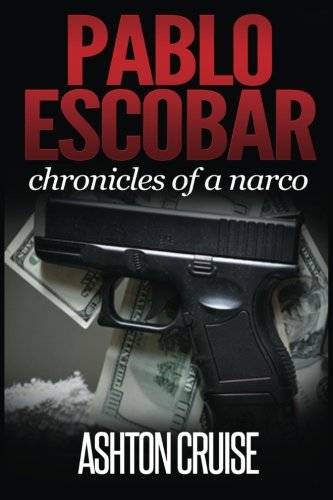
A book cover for Pablo Escobar: Angel or devil, the history of the biggest narco; Ashton Cruise; Business & Money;